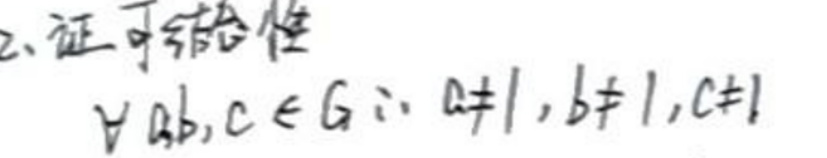
2. 证可结合性\\
\(\forall a,b,c\in G; a\neq 1,b\neq 1,c\neq 1\)